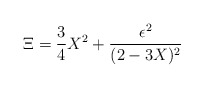
\begin{align*}\Xi = {3 \over 4} X^2 + {\epsilon ^2 \over (2- 3X) ^2} \end{align*}